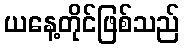
ယနေ့တိုင်ဖြစ်သည်